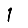
Digit: 1